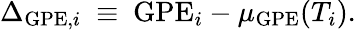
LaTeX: \Delta_{\mathrm{GPE,}i}\ \equiv\ \mathrm{GPE}_{i}-\mu_{\mathrm{GPE}}(T_{i}).